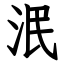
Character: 泯